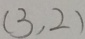
( 3 , 2 )